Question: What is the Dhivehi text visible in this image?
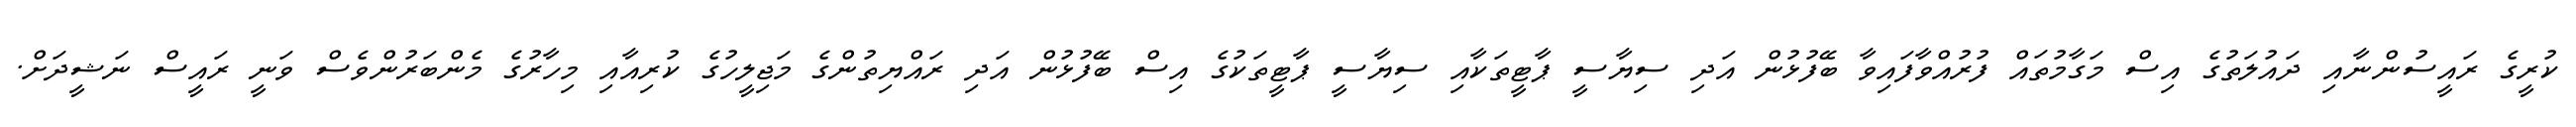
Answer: ކުރީގެ ރައީސުންނާއި ދައުލަތުގެ އިސް މަގާމުތައް ފުރުއްވާފައިވާ ބޭފުޅުން އަދި ސިޔާސީ ޕާޓީތަކާއި ސިޔާސީ ޕާޓީތަކުގެ އިސް ބޭފުޅުން އަދި ރައްޔިތުންގެ މަޖިލީހުގެ ކުރިއާއި މިހާރުގެ މެންބަރުންވެސް ވަނީ ރައީސް ނަޝީދަށް.